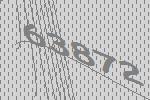
63872